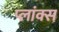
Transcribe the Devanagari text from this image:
प्लांक्स